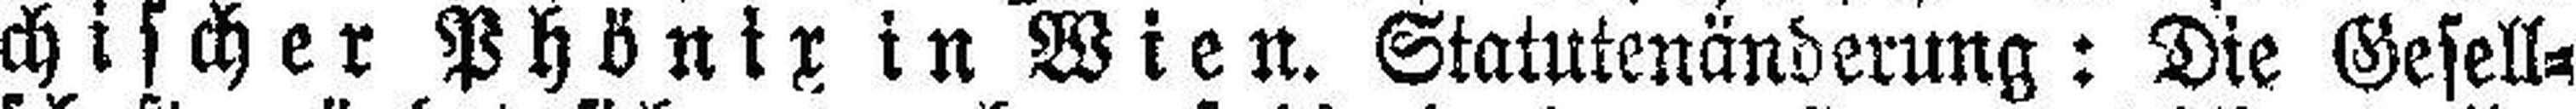
chischer Phönix in Wien. Statutenänderung: Die Gesell¬